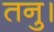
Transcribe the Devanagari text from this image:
तनु।